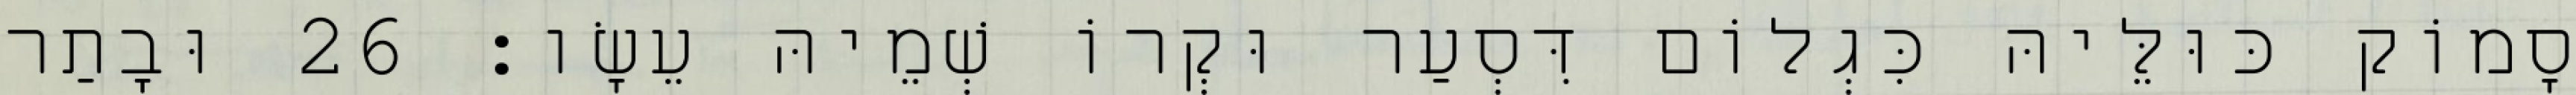
סָמוֹק כּוּלֵּיהּ כִּגְלוֹם דִּסְעַר וּקְרוֹ שְׁמֵיהּ עֵשָׂו׃ 26 וּבָתַר